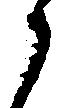
ら